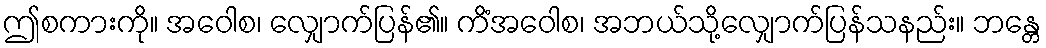
ဤစကားကို။ အဝေါစ၊ လျှောက်ပြန်၏။ ကိံအဝေါစ၊ အဘယ်သို့လျှောက်ပြန်သနည်း။ ဘန္တေ